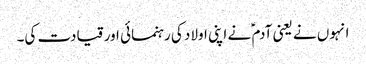
انہوں نے یعنی آدم ؑ نے اپنی اولاد کی رہنمائی اور قیادت کی۔